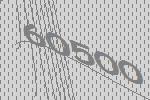
60500